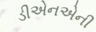
ડીએનએની